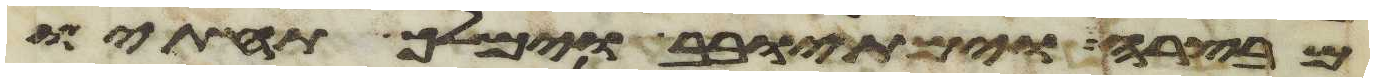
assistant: מבצרה וימת יובב וימלך תחתיו